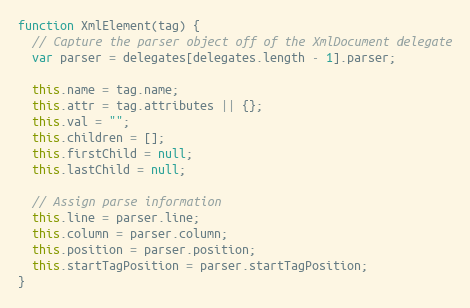
Language: JavaScript
function XmlElement(tag) {
  // Capture the parser object off of the XmlDocument delegate
  var parser = delegates[delegates.length - 1].parser;

  this.name = tag.name;
  this.attr = tag.attributes || {};
  this.val = "";
  this.children = [];
  this.firstChild = null;
  this.lastChild = null;

  // Assign parse information
  this.line = parser.line;
  this.column = parser.column;
  this.position = parser.position;
  this.startTagPosition = parser.startTagPosition;
}